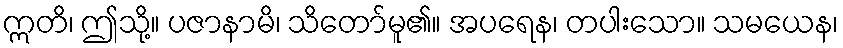
ဣတိ၊ ဤသို့။ ပဇာနာမိ၊ သိတော်မူ၏။ အပရေန၊ တပါးသော။ သမယေန၊